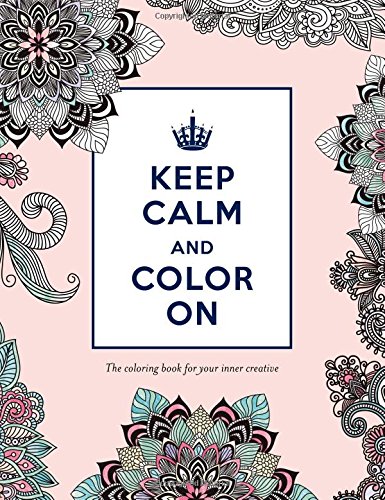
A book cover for Keep Calm and Color On: The Coloring Book for Your Inner Creative (Adult Coloring Books); Humor & Entertainment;